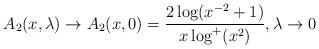
LaTeX: \begin{align*}A_2(x,\lambda)\to A_2(x,0)=\frac{2\log(x^{-2}+1)}{x\log^+(x^2)},\lambda\to 0\end{align*}